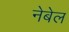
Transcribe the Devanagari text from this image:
नेबेल